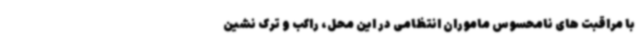
با مراقبت های نامحسوس ماموران انتظامی در این محل، راکب و ترک نشین